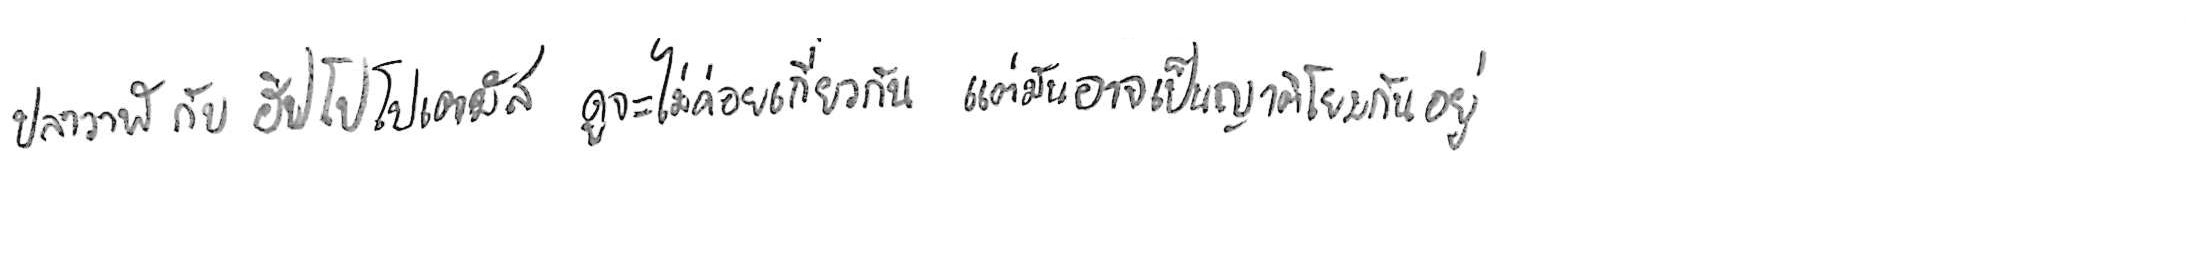
ปลาวาฬ กับ ฮิปโปโปเตมัส ดูจะไม่ค่อยเกี่ยวกัน แต่มันอาจเป็นญาติโยมกันอยู่